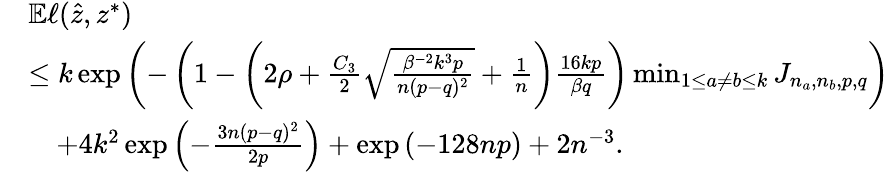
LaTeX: \begin{array}{rl}&{\mathbb{E}\ell(\hat{z},z^{*})}\\ &{\leq k\exp\left(-\left(1-\left(2\rho+\frac{C_{3}}{2}\sqrt{\frac{\beta^{-2}k^{3}p}{n(p-q)^{2}}}+\frac{1}{n}\right)\frac{16kp}{\beta q}\right)\operatorname*{min}_{1\leq a\neq b\leq k}J_{n_{a},n_{b},p,q}\right)}\\ &{\quad+4k^{2}\exp\left(-\frac{3n(p-q)^{2}}{2p}\right)+\exp\left(-128np\right)+2n^{-3}.}\end{array}